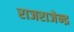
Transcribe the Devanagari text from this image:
राजराजेन्द्र